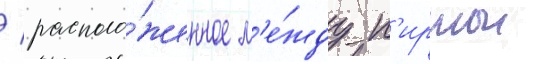
/ располо́женное м'е́жду п'ирнои